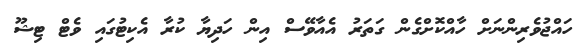
ހައްޖުވެރިންނަށް ހާއްކޮށްގެން ގަތަރު އެއާވޭސް އިން ހަދިޔާ ކުރާ އެކިޓުގައި ވެޓް ޓިޝޫ